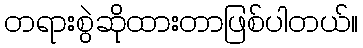
တရားစွဲဆိုထားတာဖြစ်ပါတယ်။